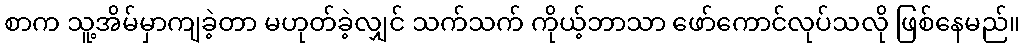
စာက သူ့အိမ်မှာကျခဲ့တာ မဟုတ်ခဲ့လျှင် သက်သက် ကိုယ့်ဘာသာ ဖော်ကောင်လုပ်သလို ဖြစ်နေမည်။